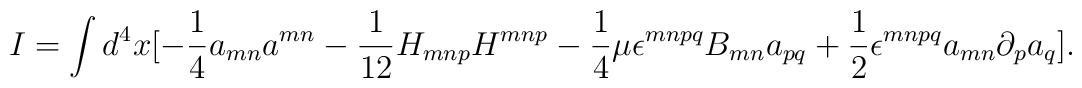
I = \int d^4 x [-\frac{1}{4}a_{mn}a^{mn} - \frac{1}{12}H_{mnp}H^{mnp} - \frac{1}{4}\mu\epsilon^{mnpq}B_{mn}a_{pq} + \frac{1}{2}\epsilon^{mnpq}a_{mn}\partial_p a_q].